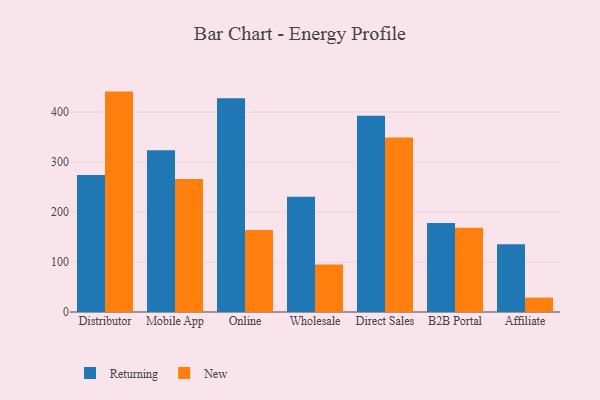
{"axis": {"x": "Channel", "y": "Population (Million)"}, "legend": ["New", "Returning"], "data": [{"x": "Distributor", "y": 274.0, "type": "Returning"}, {"x": "Distributor", "y": 441.0, "type": "New"}, {"x": "Mobile App", "y": 323.5, "type": "Returning"}, {"x": "Mobile App", "y": 265.9, "type": "New"}, {"x": "Online", "y": 427.8, "type": "Returning"}, {"x": "Online", "y": 164.2, "type": "New"}, {"x": "Wholesale", "y": 230.6, "type": "Returning"}, {"x": "Wholesale", "y": 95.1, "type": "New"}, {"x": "Direct Sales", "y": 392.7, "type": "Returning"}, {"x": "Direct Sales", "y": 349.4, "type": "New"}, {"x": "B2B Portal", "y": 178.0, "type": "Returning"}, {"x": "B2B Portal", "y": 168.7, "type": "New"}, {"x": "Affiliate", "y": 135.4, "type": "Returning"}, {"x": "Affiliate", "y": 28.8, "type": "New"}]}